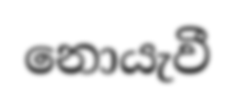
නොයැවී